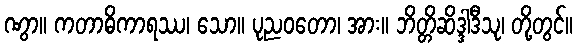
ဏွာ။ ကတာဓိကာရဿ၊ သော။ ပုညဝတော၊ အား။ ဘိတ္တိဆိဒ္ဒါဒီသု၊ တို့တွင်။